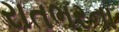
રાતભરના